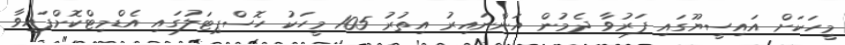
މީހަކަށް އައިސީޔޫގައި ފަރުވާ ދެމުން އަންނައިރު އިތުރު 105 މީހަކު ހޮސްޕިޓަލުގައި އެޑްމިޓްކޮށްފައިވާ